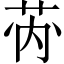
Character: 𱽡